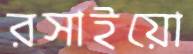
রসাইয়ো